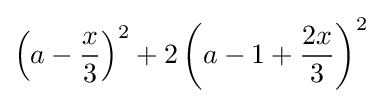
\left(a-{\frac {x}{3}}\right)^{2}+2\left(a-1+{\frac {2x}{3}}\right)^{2}